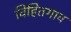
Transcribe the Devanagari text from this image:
विहितगाव